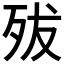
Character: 𣧧